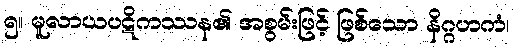
၅။ မူလာယပဋိကဿန၏ အစွမ်းဖြင့် ဖြစ်သော နိဂ္ဂဟကံ၊